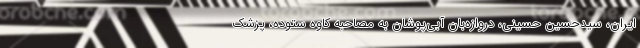
ایران، سیدحسین حسینی، دروازه‌بان آبی‌پوشان به مصاحبه کاوه ستوده، پزشک